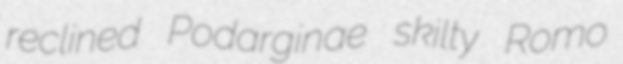
reclined Podarginae skilty Romo